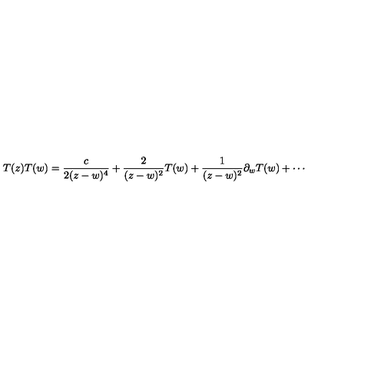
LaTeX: T ( z ) T ( w ) = \frac { c } { 2 ( z - w ) ^ { 4 } } + \frac { 2 } { ( z - w ) ^ { 2 } } T ( w ) + \frac { 1 } { ( z - w ) ^ { 2 } } \partial _ { w } T ( w ) + \cdots